Leaving Certificate Examination (including Day School Certificate (Higher) General paper), 1933
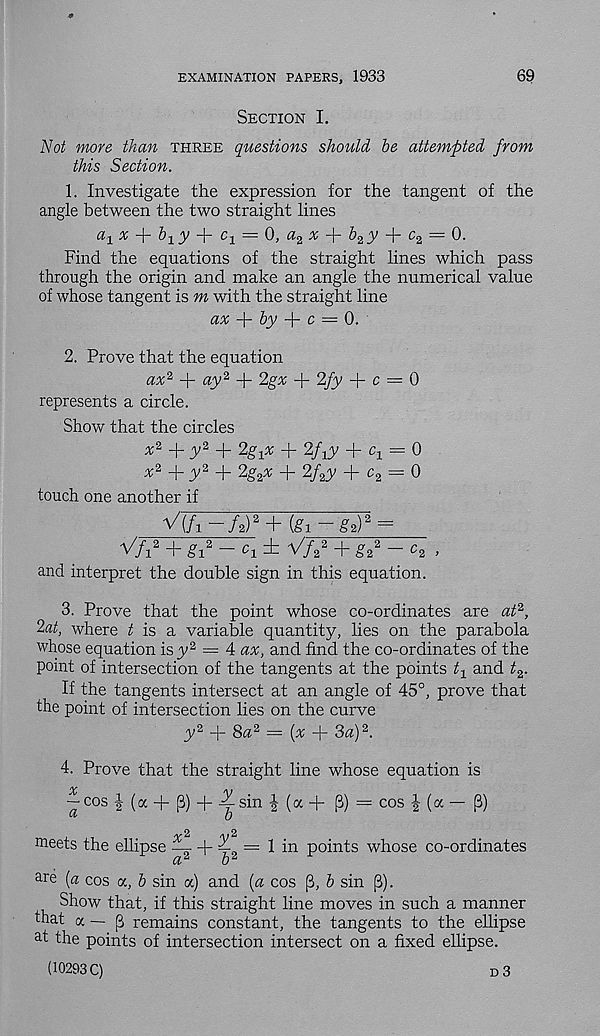
EXAMINATION PAPERS, 1933
69
Section I.
Not more than three questions should be attempted from
this Section.
1. Investigate the expression for the tangent of the
angle between the two straight lines
a 1 x
b 1 y
c 1 = 0, a^x
b^y
c^ — 0.
Find the equations of the straight lines which pass
through the origin and make an angle the numerical value
of whose tangent is m with the straight line
ax
by
c = 0.
2. Prove that the equation
ax 2 + ay 2 +
+ 2fy + c = 0
represents a circle.
Show that the circles
x 2 +y 2 -h 2g x x + 2/py + c x = 0
x 2 +y 2 + 2g 2 x + 2f 2 y + c 2 = 0
touch one another if
V(/i -A) 2 + (gi-g 2 )* =
V/i 2 + gi 2 — c 1 ± V/ 2
2 + g 2
2 — c 2 ,
and interpret the double sign in this equation.
3. Prove that the point whose co-ordinates are at 2 ,
2at, where £ is a variable quantity, lies on the parabola
whose equation isy 2 = 4 ax, and find the co-ordinates of the
point of intersection of the tangents at the points t 1 and t 2 .
If the tangents intersect at an angle of 45°, prove that
the point of intersection lies on the curve
y 2 + 8a 2 = (x
3a) 2 .
4. Prove that the straight line whose equation is
cos i (a + [3) + ^ sin J (a + (3) = cos J (a — (3)
Meets the ellipse ^- + ^ = 1 in points whose co-ordinates
a 2
b 2
are [a cos a, b sin a) and {a cos (3, b sin f3).
Show that, if this straight line moves in such a manner
that cc — [3 remains constant, the tangents to the ellipse
at the points of intersection intersect on a fixed ellipse.
(10293 C)
d 3